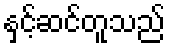
နှင့်ဆင်တူသည်